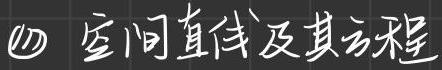
(四) 空间直线及其方程